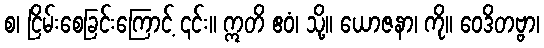
စ၊ ငြိမ်းစေခြင်းကြောင့် ၎င်း။ ဣတိ ဧဝံ၊ သို့။ ယောဇနာ၊ ကို။ ဝေဒိတဗ္ဗာ၊